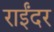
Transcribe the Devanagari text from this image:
राईंदर